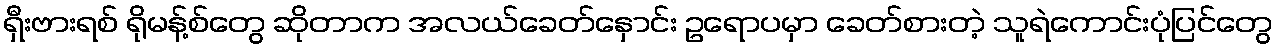
ရှီးဗားရစ် ရိုမန့်စ်တွေ ဆိုတာက အလယ်ခေတ်နှောင်း ဥရောပမှာ ခေတ်စားတဲ့ သူရဲကောင်းပုံပြင်တွေ